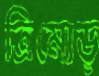
ত্রিমোড়